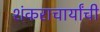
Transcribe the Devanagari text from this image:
शंकराचार्यांची